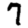
Digit: 7